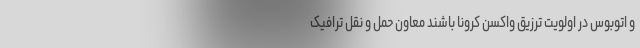
و اتوبوس در اولویت ترزیق واکسن کرونا باشند معاون حمل و نقل ترافیک